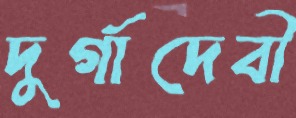
দুর্গাদেবী